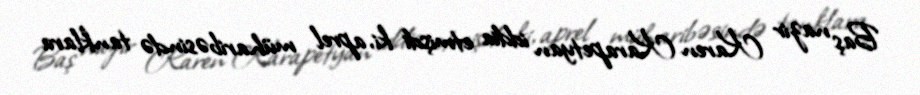
Baş nazir Karen Karapetyan iddia etmişdi ki, aprel müharibəsində tanklara